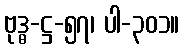
ဗုဒ္ဓ-ဋ္ဌ-၅၇၊ ပါ-၃၀၁။